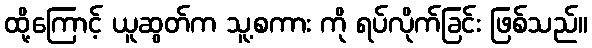
ထို့ကြောင့် ယူဆွတ်က သူ့စကား ကို ရပ်လိုက်ခြင်း ဖြစ်သည်။